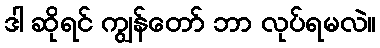
ဒါ ဆိုရင် ကျွန်တော် ဘာ လုပ်ရမလဲ။